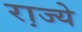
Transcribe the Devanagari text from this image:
रा़ज्ये